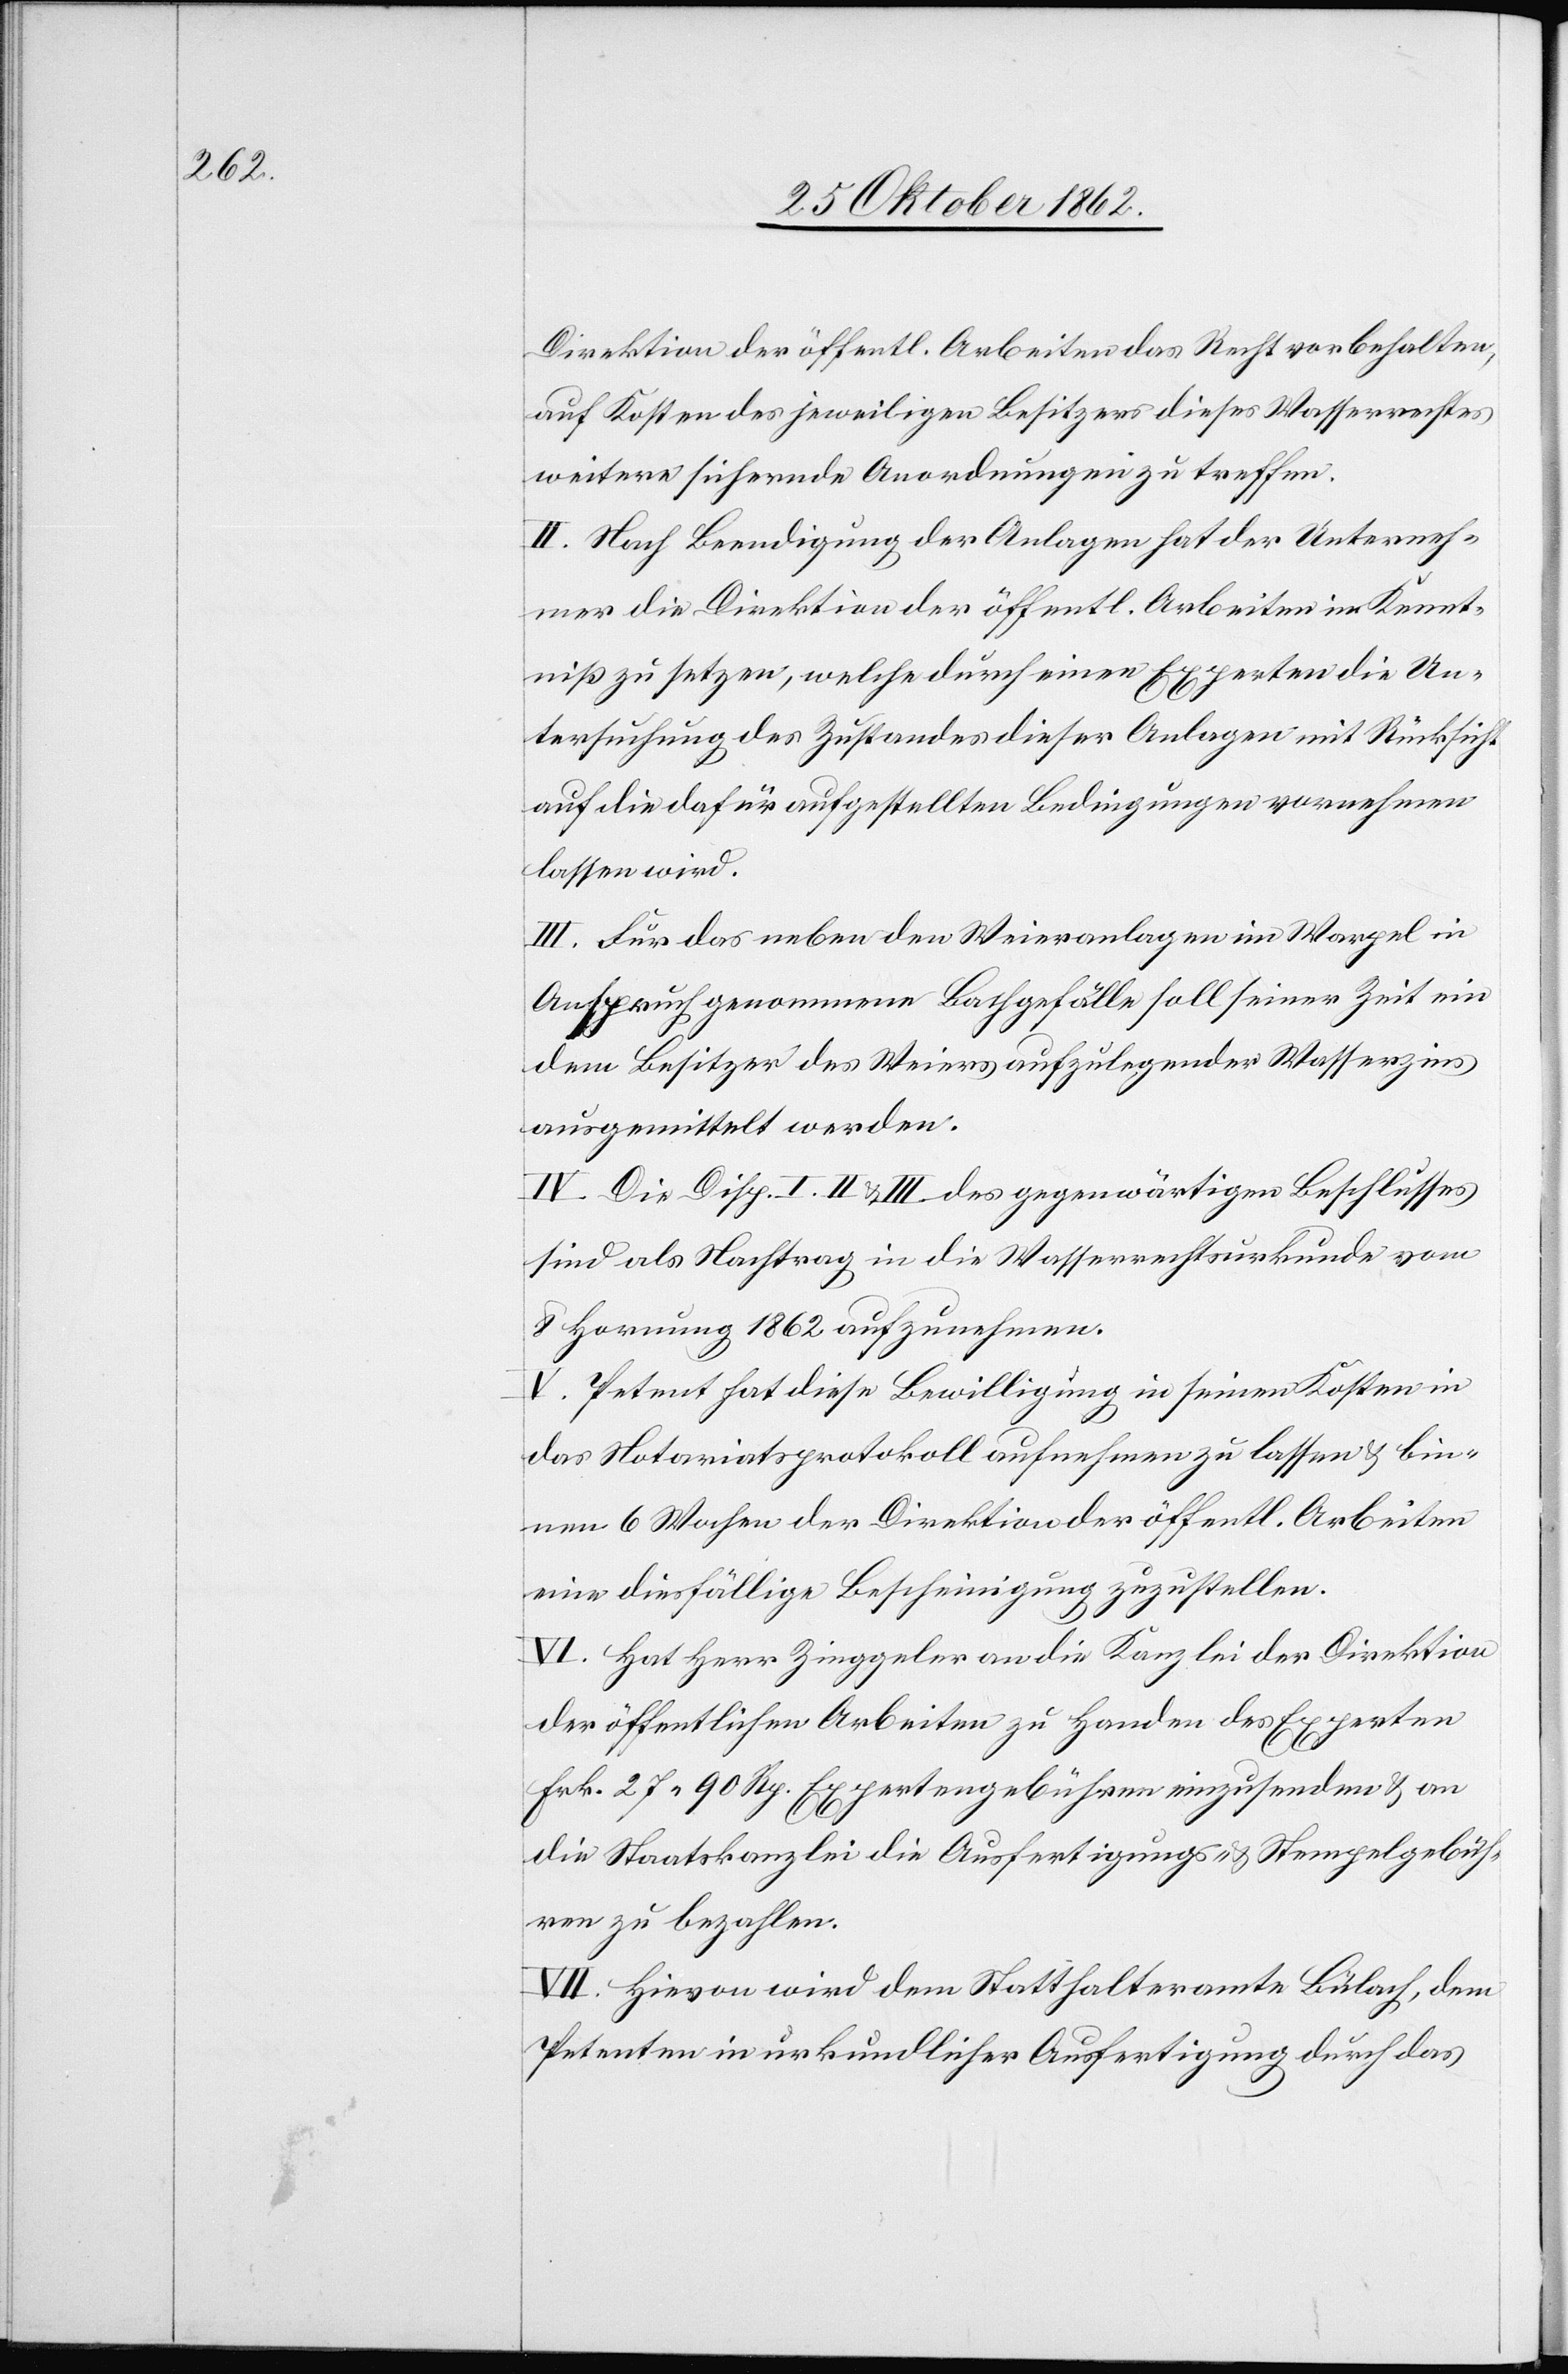
Direktion der öffentl. Arbeiten das Recht vorbehalten,
auf Kosten des jeweiligen Besitzers dieses Wasserrechtes
weitere sichernde Anordnungen zu treffen.
II. Nach Beendigung der Anlagen hat der Unterneh¬
mer die Direktion der öffentl. Arbeiten in Kennt¬
niß zu setzen, welche durch einen Experten die Un¬
tersuchung des Zustandes dieser Anlagen mit Rücksicht
auf die dafür aufgestellten Bedingungen vornehmen
lassen wird.
III. Für das neben den Weieranlagen im Warpel in
Anspruch genommene Bachgefälle soll seiner Zeit ein
dem Besitzer des Weiers aufzulegender Wasserzins
ausgemittelt werden.
IV. Die Disp. I. II u. III des gegenwärtigen Beschlusses
sind als Nachtrag in die Wasserrechtsurkunde vom
8. Hornung 1862 aufzunehmen.
V. Petent hat diese Bewilligung in seinen Kosten in
das Notariatsprotokoll aufnehmen zu lassen u. bin¬
nen 6 Wochen der Direktion der öffentl. Arbeiten
eine diesfällige Bescheinigung zuzustellen.
VI. Hat Herr Zinggeler an die Kanzlei der Direktion
der öffentlichen Arbeiten zu Handen des Experten
Frk. 27 90 Rp. Expertengebühren einzusenden u. an
die Staatskanzlei die Ausfertigungs- u. Stempelgebüh¬
ren zu bezahlen.
VII. Hievon wird dem Statthalteramtes Bülach, dem
Petenten in urkundlicher Ausfertigung durch das